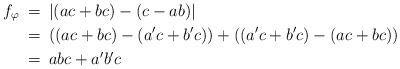
LaTeX: \begin{align*}f_{\varphi} & \:=\: |(ac+bc)-(c-ab)| \\& \:=\: \left(\left(ac+bc\right)-\left(a^{\prime}c+b^{\prime}c\right)\right)+\left(\left(a^{\prime}c+b^{\prime}c\right) -\left(ac+bc\right)\right) \\& \:=\: abc+a^{\prime}b^{\prime}c\end{align*}